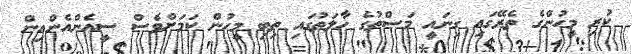
ކުރި މީހުންގެ ތެރޭގައި ގިނައީ މަސްތުގެ ހާލަތުގައި ތިބި މީހުން ކަމަށްވެސް ސީއެންއެންއިން